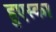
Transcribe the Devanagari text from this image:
हुएस्का